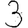
Digit: 3